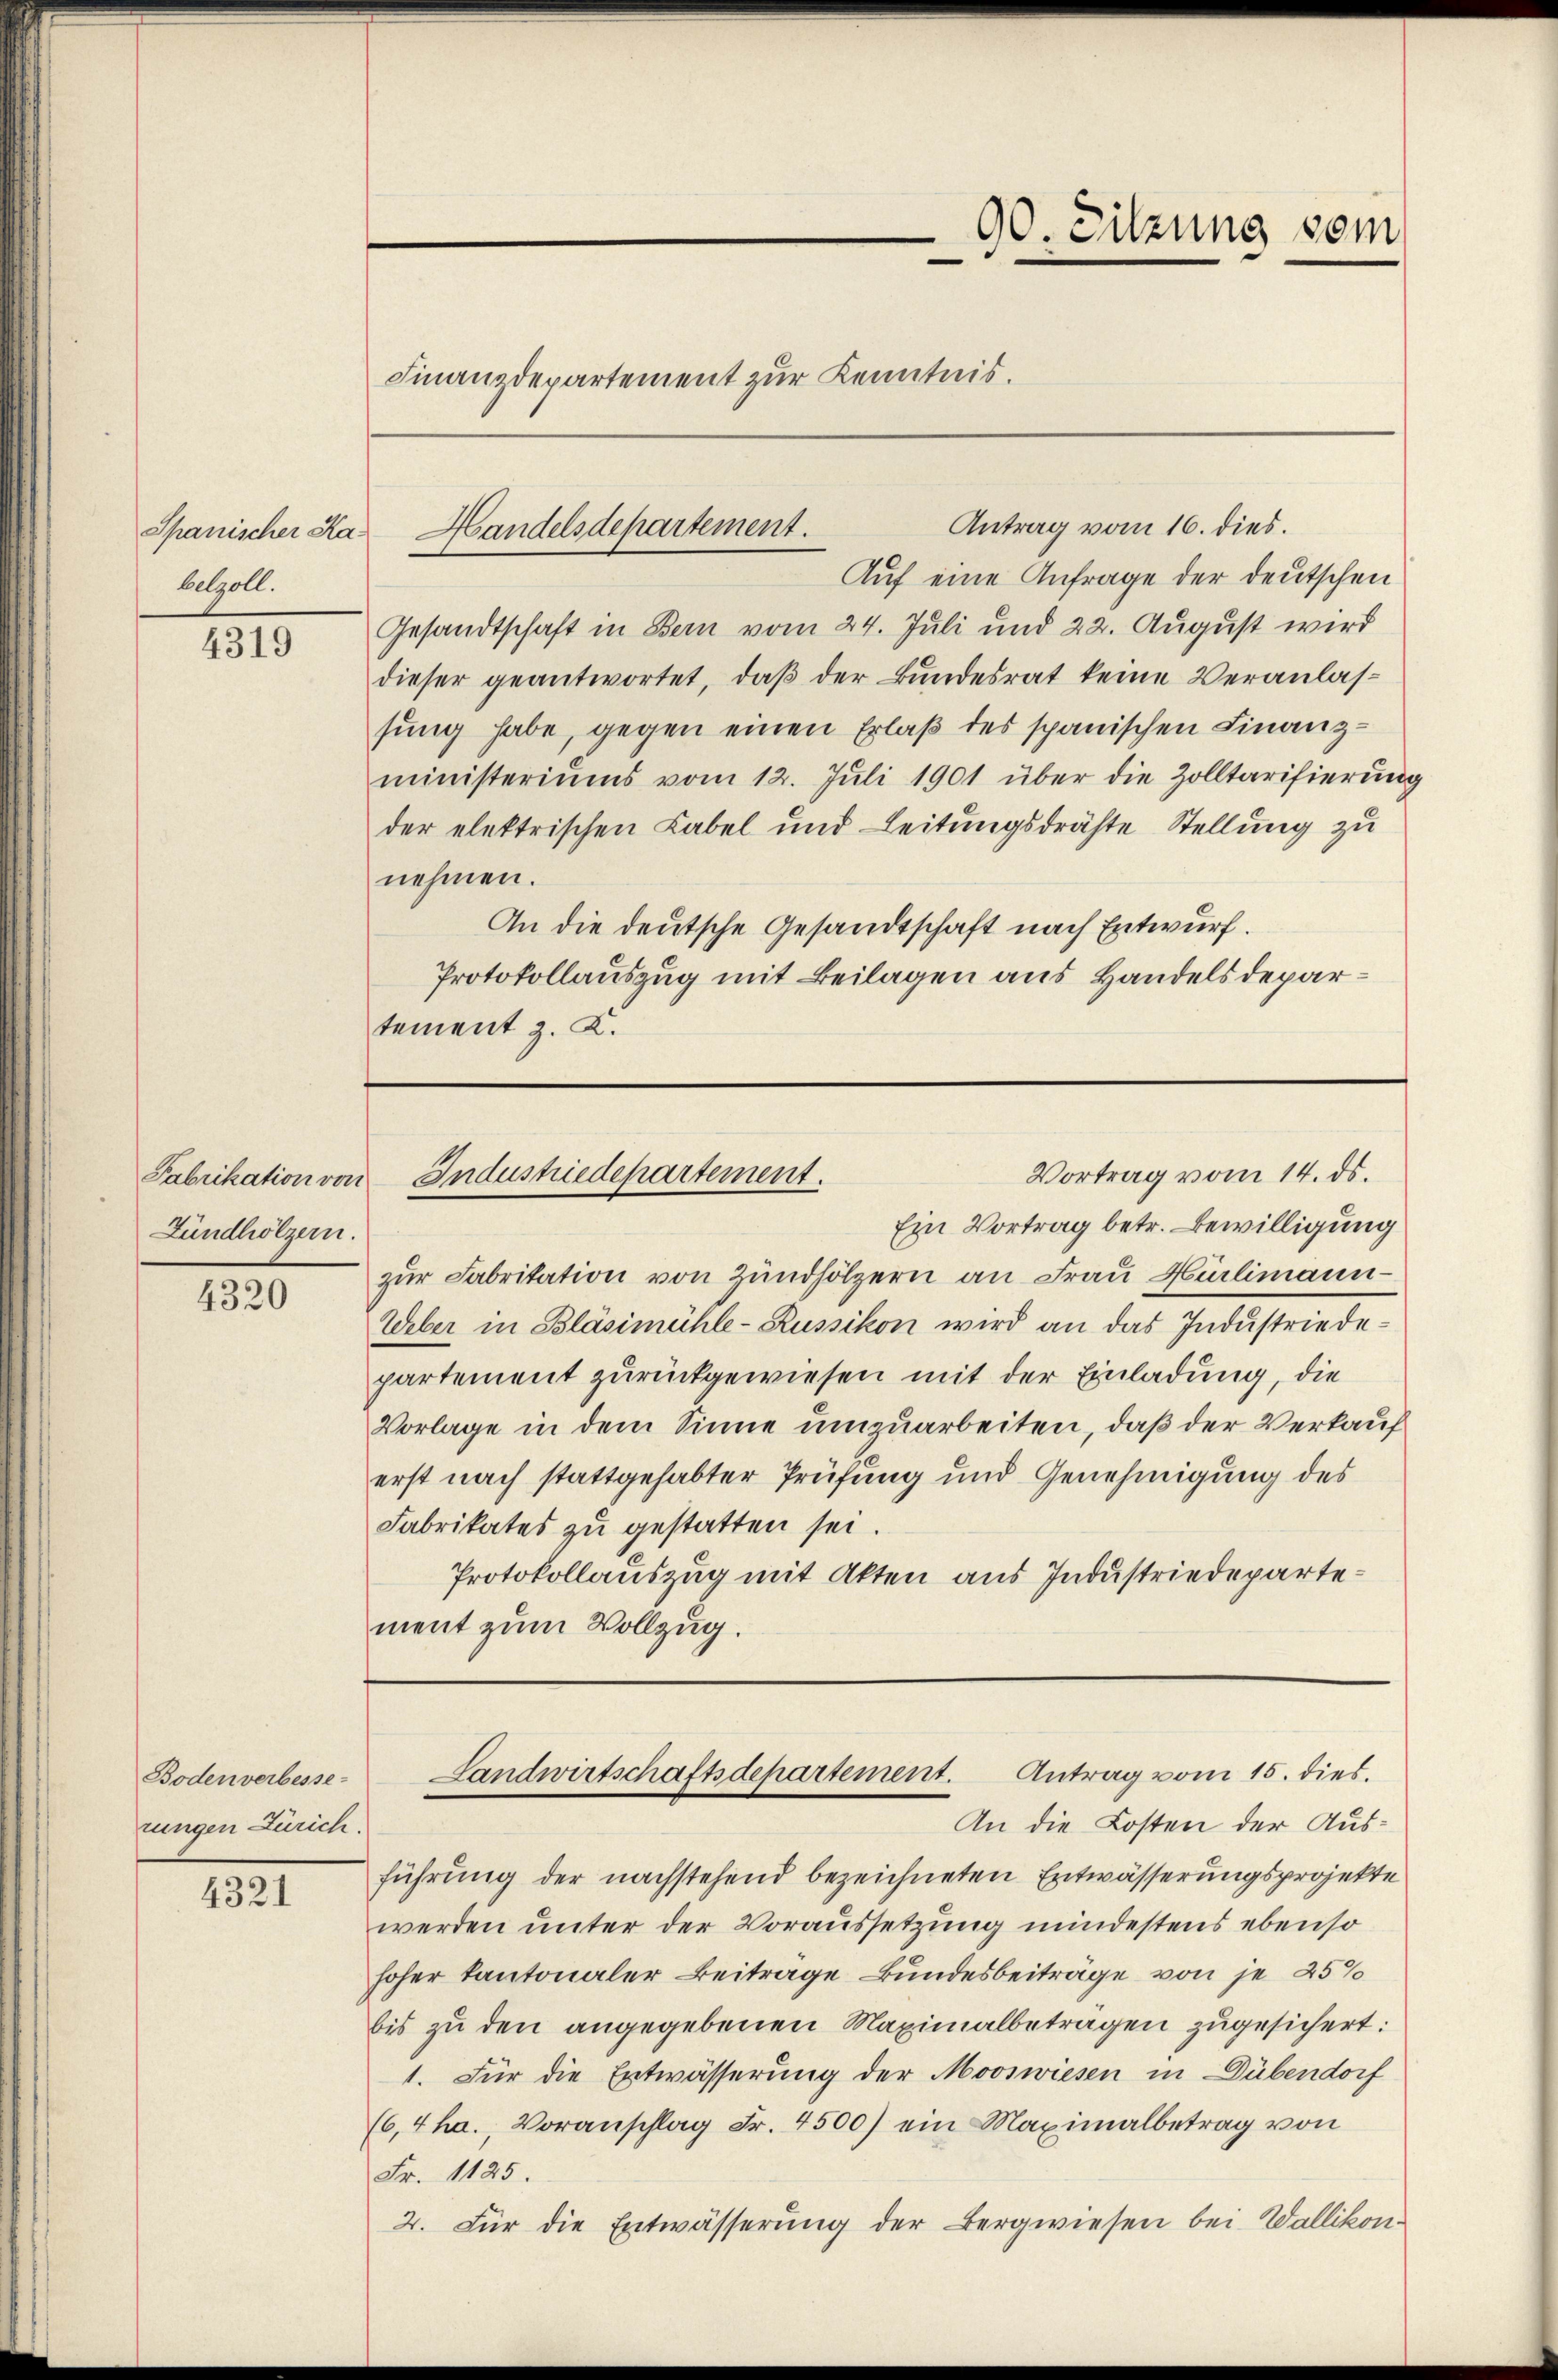
Spanischer Kabelgoll.

4319

Fabrikation von
Lundhölzern.

4320

Boden verbesse-
rungen Zürich.

4321

Antrag vom 16. dies.
Auf eine Anfrage der deutschen
Gesandtschaft in Bern vom 24. Juli und 22. August wird
dieser geantwortet, daβ der Bundesrat keine Veranlassung habe, gegen einen Erlaß des spanischen Finanzministeriums vom 12. Juli 1901 über die Zolltarisierung
der elektrischen Label und Leitungsdrähte Stellung zu
nehmen.
An die deutsche Gesandtschaft nach Entwurf.
Protokollauszug mit Beilagen aus Handelsdepartement z. K.

Ein Vortrag betr. Bewilligung
zŭr Fabritation von Zündhölzern an Frau Hürlimann
Weber in Bläsimühle-Russikon wird an das Industriedepartement zurückgewiesen mit der Einladung, die
Vorlage in dem Sinne umzuarbeiten, daß der Verkauf
erst nach stattgehabter Prüfung und Genehmigung des
Fabrikates zŭ gestatten sei.
Protokollauszug mit Akten aus Industriedepartement zum Vollzug.

90. Sitzung vom
e
e
Finanzdepartement zur Kenntnis.

Handelsdepartement.

Vortrag vom 14. ds.
Industriedepartement.

An die Kosten der Ausführung der nachstehend bezeichneten Entwässerungsprojekte
werden unter der Voraussetzung mindestens ebenso
hoher kantonaler Beitrage Bundesbeiträge von je 25%
bis zu den angegebenen Maximalbetragen zugesichert:
1. Für die Entwässerung der Mooswiesen in Dübendorf
(6,4 ha., Voranschlag Fr. 4500) ein Maximalbetrag von
Fr. 1125.
2. Für die Entwässerung der Bergwiesen bei Wallikon.

Antrag vom 15. dies.
Landwirtschaftsdepartement.